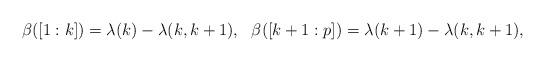
LaTeX: \begin{align*} \beta([1:k]) =\lambda(k)-\lambda(k,k+1),\ \ \beta([k+1:p]) = \lambda(k+1)-\lambda(k,k+1), \end{align*}